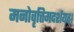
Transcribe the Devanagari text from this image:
मनोवृत्तिमदर्शयत्।